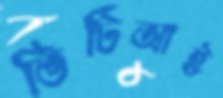
ভিটিআই